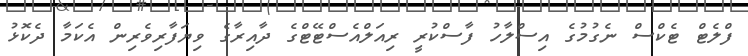
ފްލެޓް ޓެކްސް ނެގުމުގެ އިސްލާހު ފާސްކުރީ ރިއަލްއެސްޓޭޓްގެ ދާއިރާގެ ވިޔަފާރިވެރިން އެކަމާ ދެކޮޅު